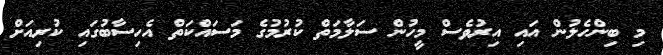
މި ބިންހެލުން އައި އިރުވެސް މީހުން ސަލާމަތް ކުރުމުގެ މަސައްކަތް އެހިސާބުގައި ކުރިއަށް